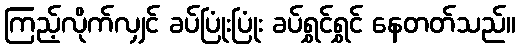
ကြည့်လိုက်လျှင် ခပ်ပြုံးပြုံး ခပ်ရွှင်ရွှင် နေတတ်သည်။